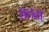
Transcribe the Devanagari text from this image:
शलता